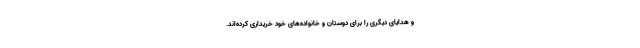
و هدایای دیگری را برای دوستان و خانواده‌های خود خریداری کرده‌اند.